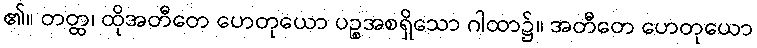
၏။ တတ္ထ၊ ထိုအတီတေ ဟေတုယော ပဉ္စအစရှိသော ဂါထာ၌။ အတီတေ ဟေတုယော